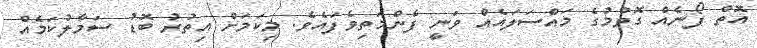
އޮތް ފޯނެއް ގޮވުމުގެ މައްސަލައެއް ވަނީ ފެންމަތިވެފައެވެ. މިކަމަށް އިތުރު ބޮޑު ސަމާލުކަމެއް